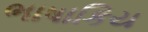
ભાષાકિય